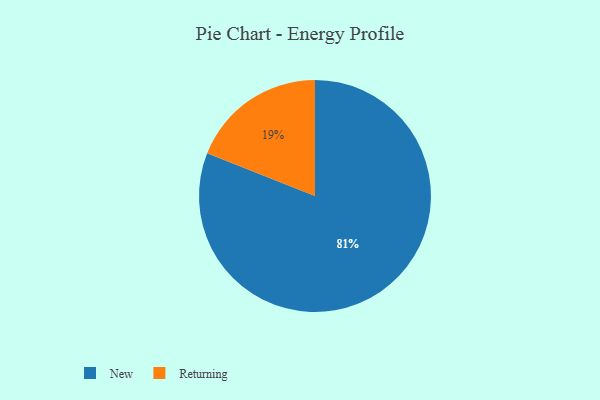
{"axis": {"x": "Category", "y": "Percentage"}, "legend": ["New", "Returning"], "data": [{"x": "Returning", "y": 19, "type": "Returning"}, {"x": "New", "y": 81, "type": "New"}]}